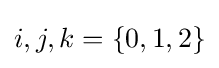
{\textstyle i,j,k=\left\{0,1,2\right\}}